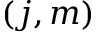
( j , m )